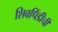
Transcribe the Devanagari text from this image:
शिवपिंडीची